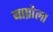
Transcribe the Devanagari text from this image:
बाप्रोला